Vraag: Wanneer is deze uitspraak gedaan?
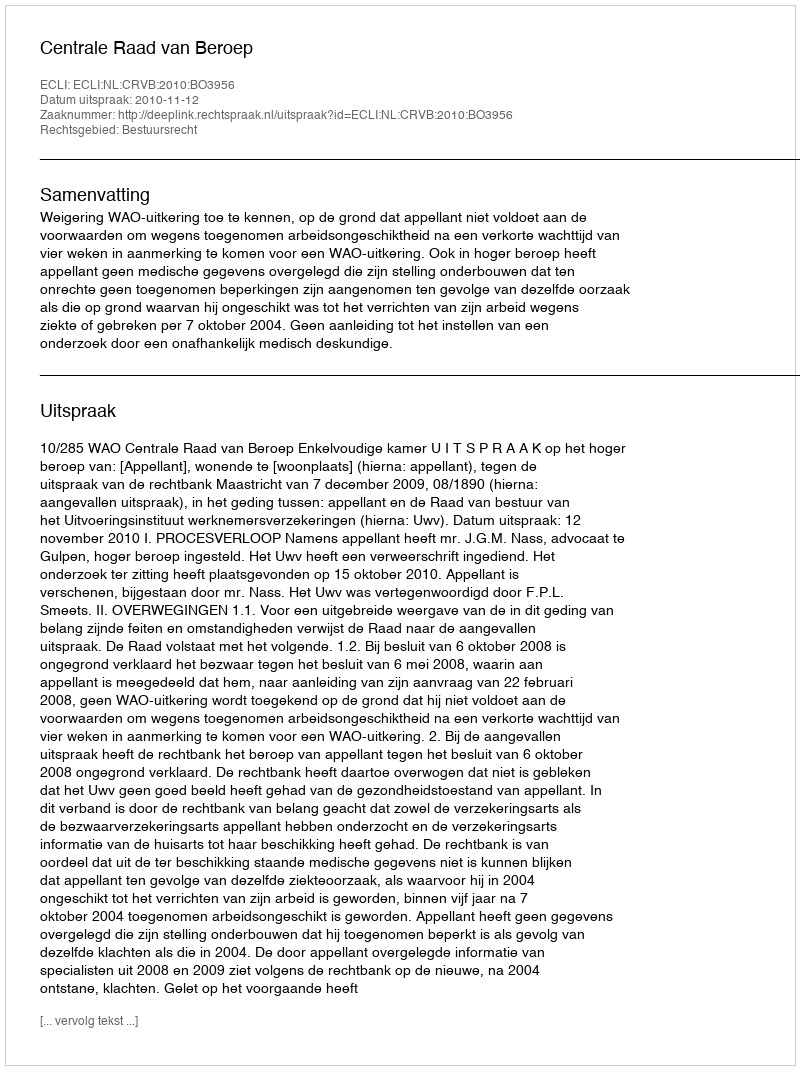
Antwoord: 2010-11-12